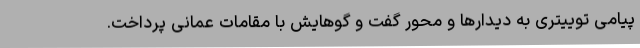
پیامی توییتری به دیدارها و محور گفت و گوهایش با مقامات عمانی پرداخت.